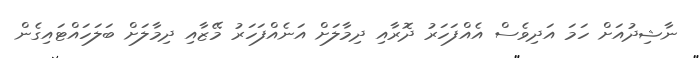
ނާޝިދުއަށް ހަމަ އަދިވެސް އެއްފަހަރު ދޮރާއި ދިމާލަށް އަނެއްފަހަރު މޭޒާއި ދިމާލަށް ބަލަހައްޓައިގެން